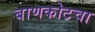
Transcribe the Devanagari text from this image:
बाणकोटचा